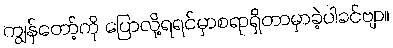
ကျွန်တော့်ကို ပြောလို့ရရင်မှာစရာရှိတာမှာခဲ့ပါခင်ဗျာ။